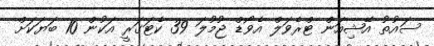
ސައުތު އޭޝިއަން ޓްރެވަލް އެވޯޑް ޖުމުލަ 39 ކެޓަގަރީ އަކުން 10 ބަޔަކަށް